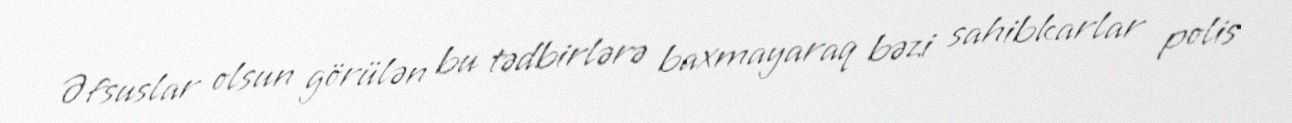
Əfsuslar olsun görülən bu tədbirlərə baxmayaraq bəzi sahibkarlar polis